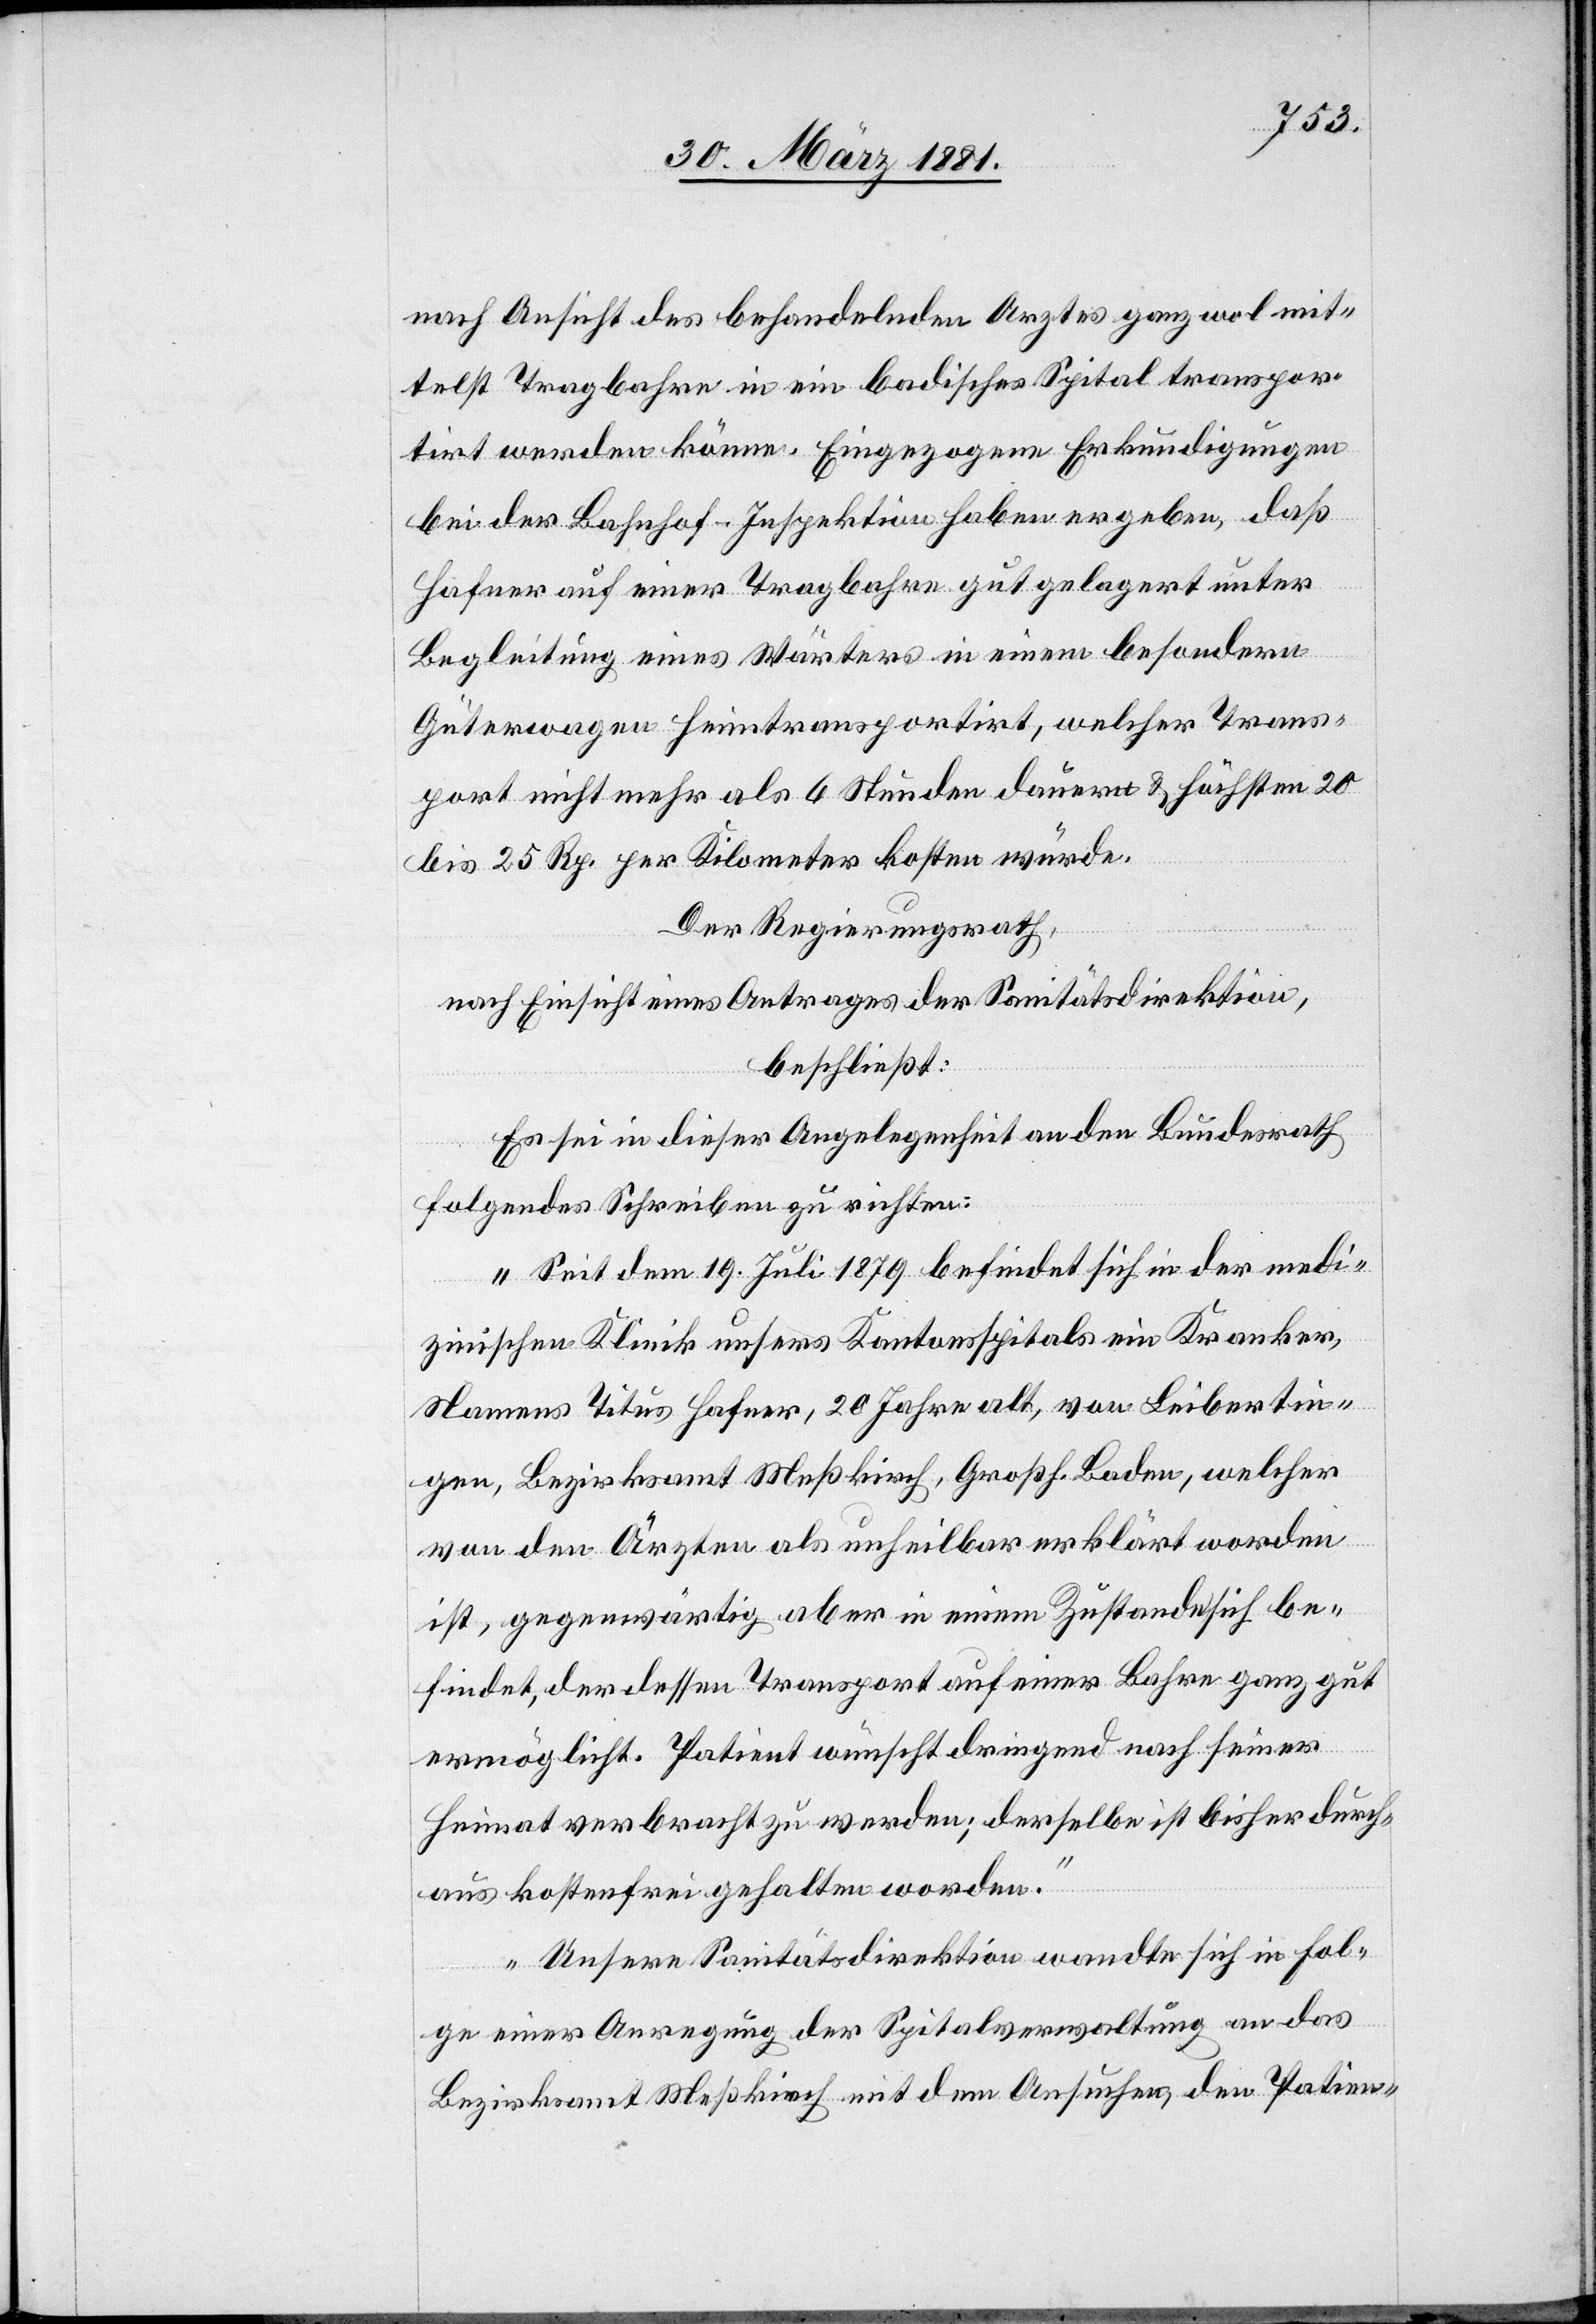
nach Ansicht des behandelnden Arztes ganz wol mit¬
telst Tragbahre in ein badisches Spital transpor¬
tirt werden könne. Eingezogene Erkundigungen
bei der Bahnhof-Inspektion haben ergeben, daß
Hafner auf einer Tragbahre gut gelagert unter
Begleitung eines Wärters in einem besondern
Güterwagen heimtransportirt, welcher Trans¬
port nicht mehr als 6 Stunden dauern & höchsten[s] 20
bis 25. Rp. per Kilometer kosten würde.
Der Regierungsrath,
nach Einsicht eines Antrages der Sanitätsdirektion,
beschließt:
Es sei in dieser Angelegenheit an den Bundesrath
folgendes Schreiben zu richten:
„Seit dem 19. Juli 1879 befindet sich in der medi¬
zinischen Klinik unsers Kantonsspitals ein Kranker,
Namens Titus Hafner, 20 Jahre alt, von Leibertin¬
gen, Bezirksamt Meßkirch, Groß. Baden, welcher
von den Ärzten als unheilbar erklärt worden
ist, gegenwärtig aber in einem Zustande sich be¬
findet, der dessen Transport auf einer Bahre ganz gut
ermöglicht. Patient wünscht dringend nach seiner
Heimat verbracht zu werden; derselbe ist bisher durch¬
aus kostenfrei gehalten worden.
Unsere Sanitätsdirektion wandte sich in Fol¬
ge einer Anregung der Spitalverwaltung an das
Bezirksamt Meßkirch mit dem Ansuchen den Patien-